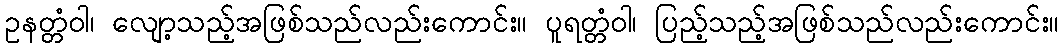
ဥနတ္တံဝါ၊ လျော့သည့်အဖြစ်သည်လည်းကောင်း။ ပူရတ္တံဝါ၊ ပြည့်သည့်အဖြစ်သည်လည်းကောင်း။